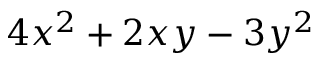
4 x ^ { 2 } + 2 x y - 3 y ^ { 2 }